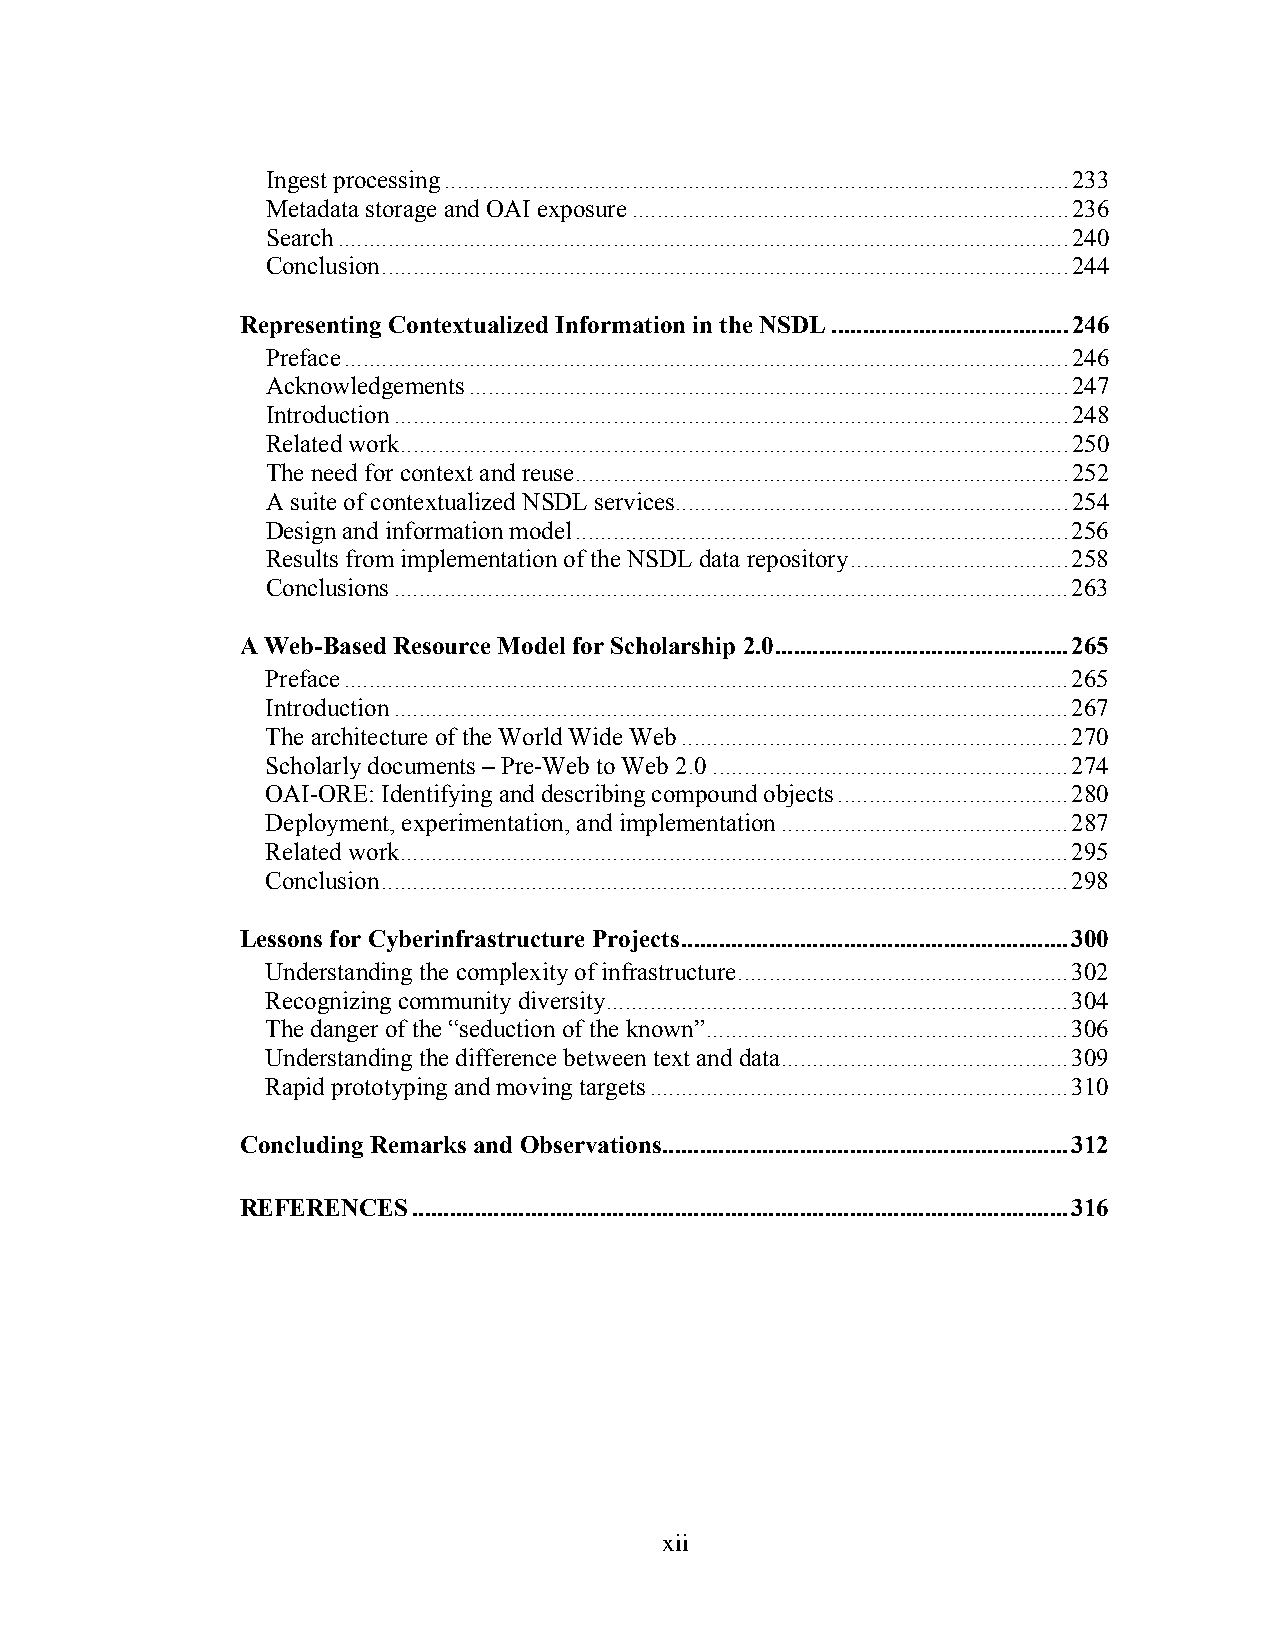
Ingest processing....................................................................................................233
 Metadata storage and OAI exposure......................................................................236
 Search.....................................................................................................................240
 Conclusion..............................................................................................................244
 Representing Contextualized Information in the NSDL......................................246
 Preface....................................................................................................................246
 Acknowledgements................................................................................................247
 Introduction............................................................................................................248
 Related work...........................................................................................................250
 The need for context and reuse...............................................................................252
 A suite of contextualized NSDL services...............................................................254
 Design and information model...............................................................................256
 Results from implementation of the NSDL data repository...................................258
 Conclusions............................................................................................................263
 A Web-Based Resource Model for Scholarship 2.0...............................................265
 Preface....................................................................................................................265
 Introduction............................................................................................................267
 The architecture of the World Wide Web..............................................................270
 Scholarly documents – Pre-Web to Web 2.0.........................................................274
 OAI-ORE: Identifying and describing compound objects.....................................280
 Deployment, experimentation, and implementation..............................................287
 Related work...........................................................................................................295
 Conclusion..............................................................................................................298
 Lessons for Cyberinfrastructure Projects..............................................................300
 Understanding the complexity of infrastructure.....................................................302
 Recognizing community diversity..........................................................................304
 The danger of the “seduction of the known”..........................................................306
 Understanding the difference between text and data..............................................309
 Rapid prototyping and moving targets...................................................................310
 Concluding Remarks and Observations.................................................................312
 REFERENCES.........................................................................................................316
 xii